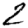
Digit: 2